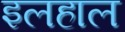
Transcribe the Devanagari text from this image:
इलहाल